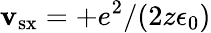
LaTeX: \mathbf{v}_{\mathrm{{sx}}}=+e^{2}/(2z\epsilon_{0})